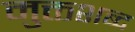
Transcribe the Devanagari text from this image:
मुक्तशब्द